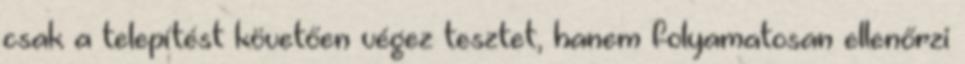
csak a telepítést követően végez tesztet, hanem folyamatosan ellenőrzi